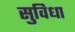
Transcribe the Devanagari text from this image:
सुविधा